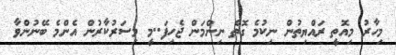
މިހާރު މިއޮތީ ރައްޔިތުން ނިކުމެ ގޮތް ނިންމަން ޖެހިފަ..މީ މިސަރުކާރުން އެންމެ ބޭނުންވާ